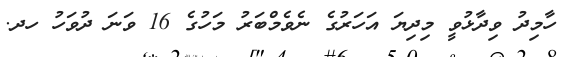
ހާމިދު ވިދާޅުވީ މިދިޔަ އަހަރުގެ ނެވެމްބަރު މަހުގެ 16 ވަނަ ދުވަހު ހދ.